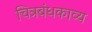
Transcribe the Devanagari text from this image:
चित्रबंधकाव्य